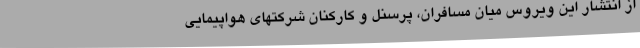
از انتشار این ویروس میان مسافران، پرسنل و کارکنان شرکتهای هواپیمایی